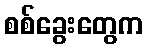
စစ်ခွေးတွေက